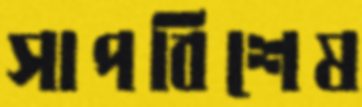
সাপবিশেষ